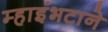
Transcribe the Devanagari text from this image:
म्हाइंभटाने